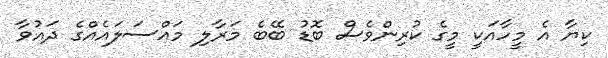
ކިޔާ އެ މީހާއަކީ މީގެ ކުރިންވެސް ބޮޑު ބޭބެ މަރާލި މައްސަލައެއްގެ ދައުވާ